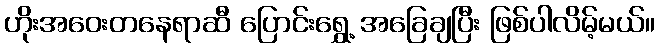
ဟိုးအဝေးတနေရာဆီ ပြောင်းရွှေ့ အခြေချပြီး ဖြစ်ပါလိမ့်မယ်။